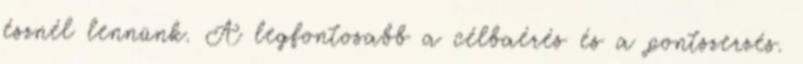
észnél lennünk. A legfontosabb a célbaérés és a pontszerzés.